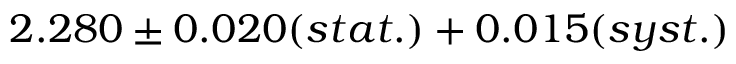
2 . 2 8 0 \pm 0 . 0 2 0 ( s t a t . ) + 0 . 0 1 5 ( s y s t . )